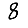
Digit: 8